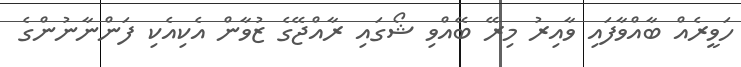
ހަވީރެއް ބާއްވާފައި ވާއިރު މިރޭ ބޭއްވި ޝޯގައި ރާއްޖޭގެ ޒުވާން އެކިއެކި ފަންނާނުންގެ